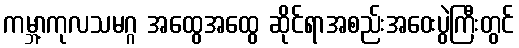
ကမ္ဘာ့ကုလသမဂ္ဂ အထွေအထွေ ဆိုင်ရာအစည်းအဝေးပွဲကြီးတွင်